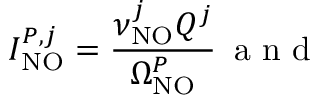
I _ { \mathrm { N O } } ^ { P , j } = \frac { \nu _ { \mathrm { N O } } ^ { j } Q ^ { j } } { \Omega _ { \mathrm { N O } } ^ { P } } \, \mathrm { ~ a ~ n ~ d ~ }